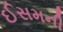
ઈસમની